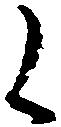
候